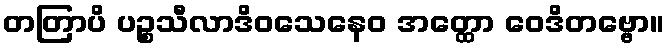
တတြာပိ ပဉ္စသီလာဒိဝသေနေဝ အတ္ထော ဝေဒိတဗ္ဗော။